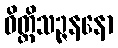
ဝိတ္တိသဉ္ဇနနော